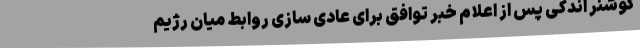
کوشنر اندکی پس از اعلام خبر توافق برای عادی سازی روابط میان رژیم